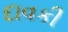
દાવકી